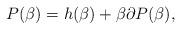
LaTeX: \begin{align*}P(\beta)=h(\beta)+\beta \partial P(\beta),\end{align*}